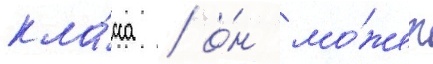
кла́сса / о́н мо́жет